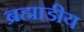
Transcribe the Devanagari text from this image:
ब्रह्माडीय